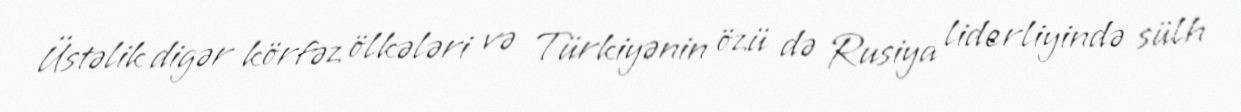
Üstəlik digər körfəz ölkələri və Türkiyənin özü də Rusiya liderliyində sülh